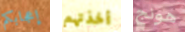
إعجابكم أخذتهم هونج